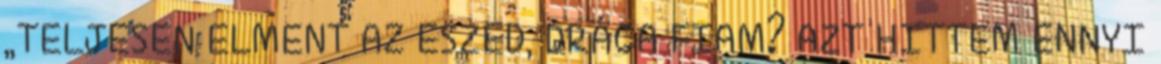
„TELJESEN ELMENT AZ ESZED, DRÁGA FIAM? AZT HITTEM ENNYI